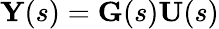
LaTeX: \mathbf{Y}(s)=\mathbf{G}(s)\mathbf{U}(s)